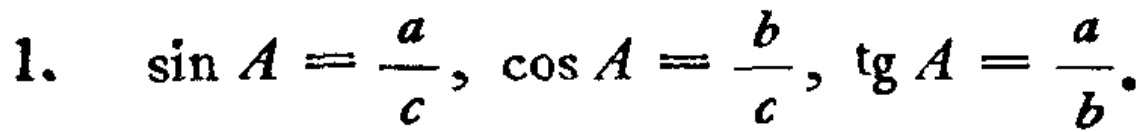
1. $\sin A=\frac{a}{c}, \cos A=\frac{b}{c}, \tg A=\frac{a}{b}.$